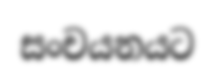
සංචයනයට